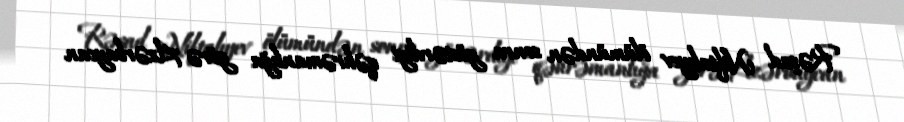
Rəşad Niftalıyev ölümündən sonra göstərdiyi qəhrəmanlığa görə Azərbaycan